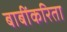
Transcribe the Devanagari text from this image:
बाबींकरिता